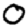
Digit: 0